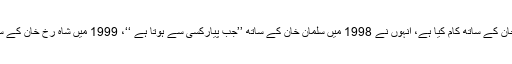
ٹوئنکل کھنہ کا شمار ان گنی چنی اداکاراؤں میں ہوتا ہے جنہوں نےتینوں خان کے ساتھ کام کیا ہے، انہوں نے 1998 میں سلمان خان کے ساتھ ’’جب پیارکسی سے ہوتا ہے ‘‘، 1999 میں شاہ رخ خان کے ساتھ بادشاہ اور 2000 میں عامر خان کے ساتھ ’’میلہ‘‘ فلم میں کام کیا ہے۔